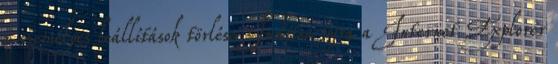
a személyes beállítások törlése Indítsa újra a Internet Explorer